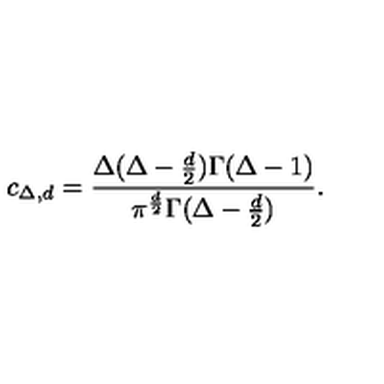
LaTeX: c _ { \Delta , d } = { \frac { \Delta ( \Delta - { \frac { d } { 2 } } ) \Gamma ( \Delta - 1 ) } { \pi ^ { \frac { d } { 2 } } \Gamma ( \Delta - { \frac { d } { 2 } } ) } } .